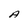
Character: A